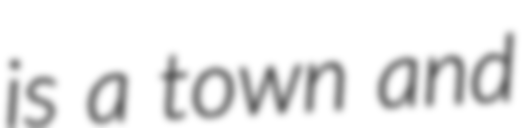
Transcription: is a town and